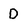
Character: D